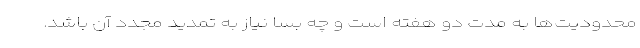
محدودیت‌ها به مدت دو هفته است و چه بسا نیاز به تمدید مجدد آن باشد.